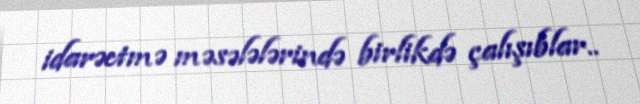
idarəetmə məsələlərində birlikdə çalışıblar..